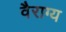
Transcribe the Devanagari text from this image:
वैराग्‍य